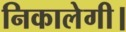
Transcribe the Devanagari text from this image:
निकालेगी।